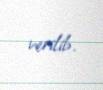
verilib.